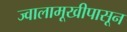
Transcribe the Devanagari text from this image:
ज्वालामूखीपासून